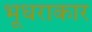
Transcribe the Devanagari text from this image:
भूधराकार